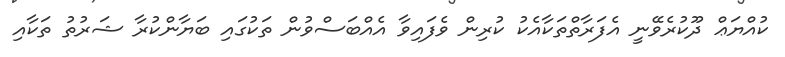
ކުއްޔަޢް ދޫކުރެވޭނީ އެފަރާތްތަކާއެކު ކުރިން ވެފައިވާ އެއްބަސްވުން ތަކުގައި ބަޔާންކުރާ ޝަރުތު ތަކާއި